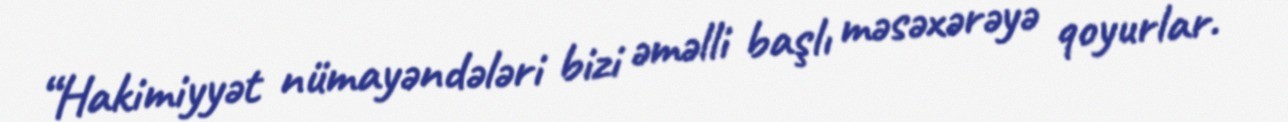
“Hakimiyyət nümayəndələri bizi əməlli başlı məsəxərəyə qoyurlar.